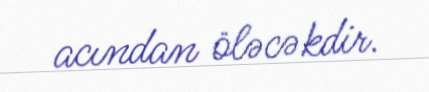
acından öləcəkdir.